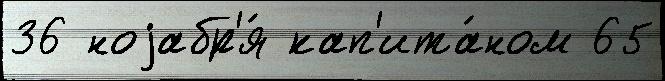
36 ноjабр'я́ кап'ита́ном 65